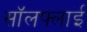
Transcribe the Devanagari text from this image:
सॉलफ्लाई